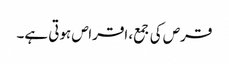
قرص کی جمع، اقراص ہوتی ہے۔